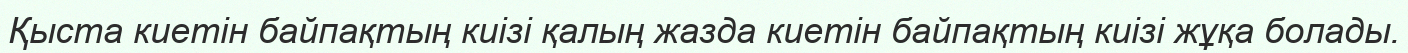
Қыста киетін байпақтың киізі қалың жазда киетін байпақтың киізі жұқа болады.